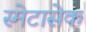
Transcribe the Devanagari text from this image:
स्मेटासेक